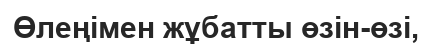
Өлеңімен жұбатты өзін-өзі,